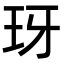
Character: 玡